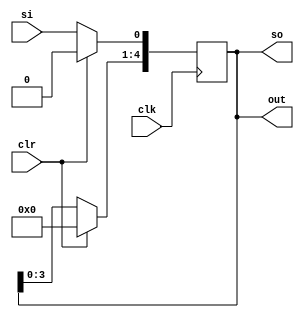
module SIPO_reg(clk,clr,out,si,so);
parameter WIDTH=5;
input clk,clr,si;
output reg [WIDTH-1:0] so;
output reg [WIDTH-1:0]out;
reg [WIDTH-1:0]temp;
assign so =temp;
assign out=so;
always@(posedge clk)begin
	if(clr) temp<=0;
	else begin 
	temp<=temp<<1;
	temp[0]<=si;
	end
end
endmodule